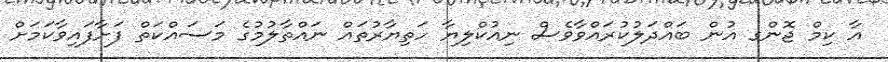
އާ ކިމް ޖޮންގ އުން ބައްދަލުކުރައްވާވެސް ނިއުކްލިޔާ ހަތިޔާރުތައް ނައްތާލުމުގެ މަސައްކަތް ފަށާފައިވާކަމަށް